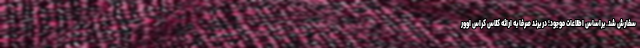
سفارش شد. براساس اطلاعات موجود؛ در برند صرفا به ارائه کلاس کراس اوور